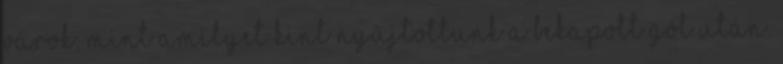
várok, mint amilyet kint nyújtottunk a bekapott gól után.